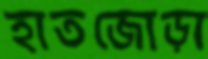
হাতজোড়া